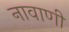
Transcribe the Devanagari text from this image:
नावाणी